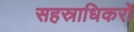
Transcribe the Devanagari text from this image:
सहस्राधिकरों